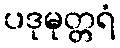
ပဒုမုတ္တရံ